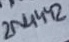
Text: 2N4442